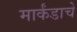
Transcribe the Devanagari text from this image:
मार्कंडाचे